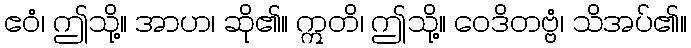
ဧဝံ၊ ဤသို့။ အာဟ၊ ဆို၏။ ဣတိ၊ ဤသို့။ ဝေဒိတဗ္ဗံ၊ သိအပ်၏။